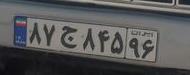
۸۷ج۸۴۵۹۶